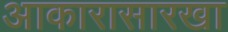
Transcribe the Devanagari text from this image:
आकारासारखा